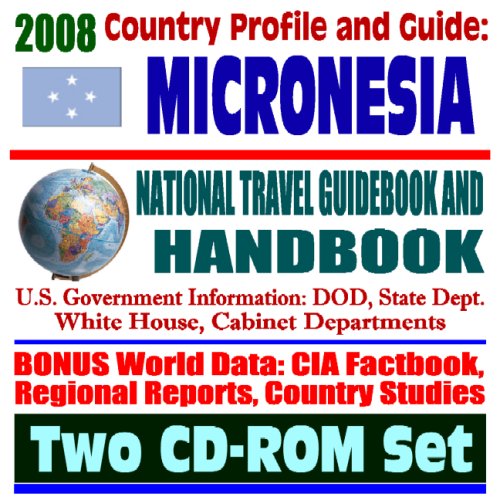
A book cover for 2008 Country Profile and Guide to the Federated States of Micronesia (FSM)- National Travel Guidebook and Handbook - Kosrae, Pohnpei, Chuuk, Yap, Earthquakes, Typhoons (Two CD-ROM Set); U.S. Government; Travel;